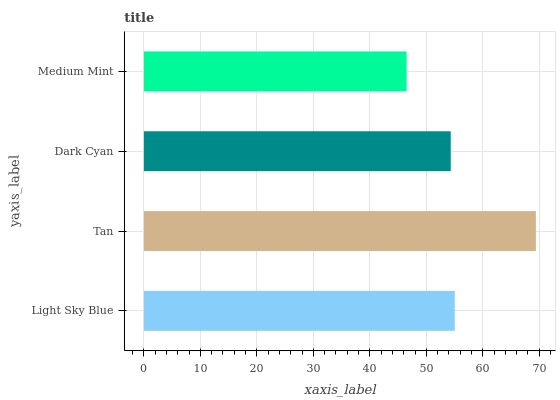
| yaxis_label | bars |
 | --- | --- |
 | Light Sky Blue | 55 |
 | Tan | 69.4 |
 | Dark Cyan | 54.3 |
 | Medium Mint | 46.5 |